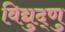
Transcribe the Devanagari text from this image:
विद्युद्णु